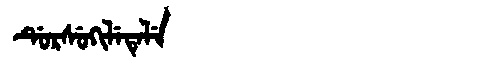
Manchu: ᡩᡠᡵᠰᡠᡴᡳᠯᡝᡨᡝᠯᡝ
Romanization: DURSUKILETELE